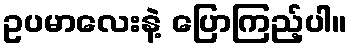
ဥပမာလေးနဲ့ ပြောကြည့်ပါ။